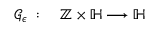
\begin{array} { r l } { \mathcal { G } _ { \epsilon } \; : } & { { } \; \mathbb { Z } \times \mathbb { H } \longrightarrow \mathbb { H } } \end{array}